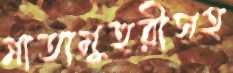
মাতামুহুরীসহ